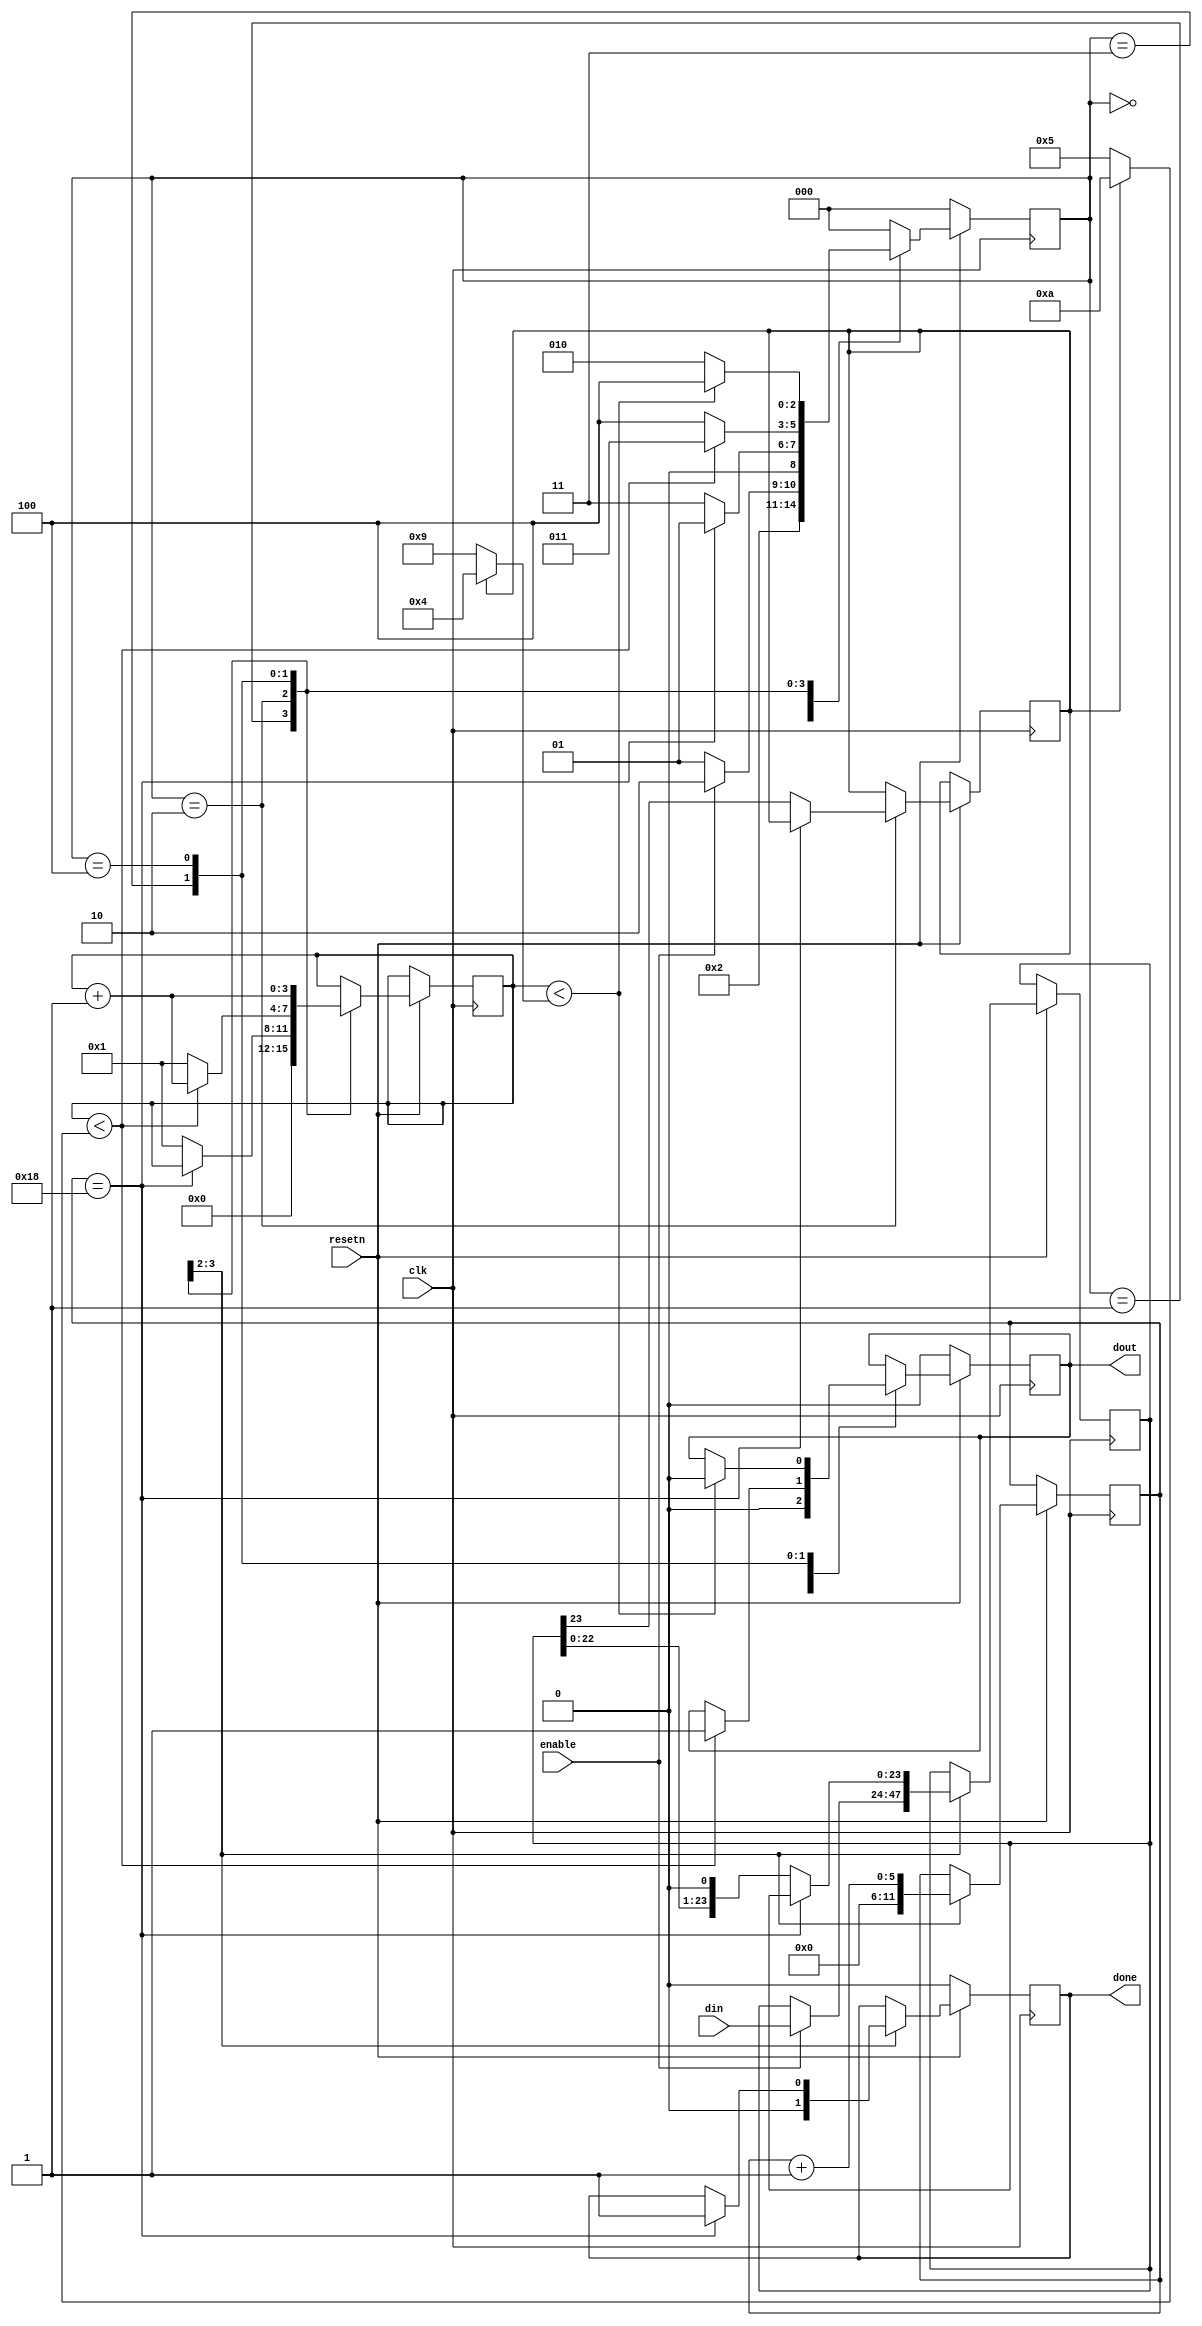
/*
 *  FpgaNeoPixel - A spi to ws2812 machine
 *
 *  Copyright (C) 2020  Hirosh Dabui <hirosh@dabui.de>
 *
 *  Permission to use, copy, modify, and/or distribute this software for any
 *  purpose with or without fee is hereby granted, provided that the above
 *  copyright notice and this permission notice appear in all copies.
 *
 *  THE SOFTWARE IS PROVIDED "AS IS" AND THE AUTHOR DISCLAIMS ALL WARRANTIES
 *  WITH REGARD TO THIS SOFTWARE INCLUDING ALL IMPLIED WARRANTIES OF
 *  MERCHANTABILITY AND FITNESS. IN NO EVENT SHALL THE AUTHOR BE LIABLE FOR
 *  ANY SPECIAL, DIRECT, INDIRECT, OR CONSEQUENTIAL DAMAGES OR ANY DAMAGES
 *  WHATSOEVER RESULTING FROM LOSS OF USE, DATA OR PROFITS, WHETHER IN AN
 *  ACTION OF CONTRACT, NEGLIGENCE OR OTHER TORTIOUS ACTION, ARISING OUT OF
 *  OR IN CONNECTION WITH THE USE OR PERFORMANCE OF THIS SOFTWARE.
 *
 */
`ifndef WS2812_DATA_SEQUENCE_H
`define WS2812_DATA_SEQUENCE_H
module ws2812_sequence(clk, resetn, enable, din, dout, done);
  /*
   * e.g. 12 MHz = 83,33ns = 0.083us cycles
   *
   * 0,45 us => 450 ns
   *
   * T0H = 0,4 us = 400 ns ~ cycles * 5 = 416.65 ns
   * T0L = 0.85 us = 850 ns ~ cycles * 10 = 833.3 ns
   *
   * T0H + T0L = 1250 ns ~ 1249.95 ns
   *
   * T1H = 0.8us = 800 ns ~ cycles * 10 = 833.3 ns
   * T1L = 0.45us = 450 ns ~ cycles * 5 = 416.65 ns
   *
   * T0H + T0L = 1250 ns ~ 1249.95 ns
   *
   * RES above 50 us = 50000ns ~ cycles * 610 = 50831 ns
   * +/- 150 ns
   *
   * with 12 MHz = 1249.95 = +/- 0.05 ns
   *
   *  ______
   * | T0H  |__T0L___|
   *
   *  ______
   * | T1H  |__T1L___|
   *
   * |____Treset ____|
   *
   */
  localparam GRB_WIDTH = 24;

  parameter SYSTEM_CLOCK_FREQ = 12_000_000;
  parameter T0H_TIME = 0.4e-6; // 400 ns
  parameter T0L_TIME = 0.85e-6; // 850 ns
  localparam  CLK_HZ = $itor(SYSTEM_CLOCK_FREQ);
  localparam CLK_CYCLE = (1/CLK_HZ);

  localparam T0H_CYCLES = $rtoi((T0H_TIME)/CLK_CYCLE+0.5);//5;
  localparam T0L_CYCLES = $rtoi((T0L_TIME)/CLK_CYCLE+0.5);//10;

  localparam T1H_CYCLES = T0L_CYCLES;
  localparam T1L_CYCLES = T0H_CYCLES;

  localparam SEQUENCE_CYCLE = T0H_CYCLES + T0L_CYCLES;

  localparam TRESET_CYCLES = $rtoi((50e-6)/CLK_CYCLE+0.5);//610; // ~ 50us

  localparam CYCLE_BITS = $clog2(SEQUENCE_CYCLE);

  input clk;
  input resetn;
  input enable;

  /* |G7|...|G0|R7|...|R0|B7|..|B0| */
  input wire [GRB_WIDTH -1:0] din;

  output reg dout = 1'b0;
  output reg done = 1'b0;

  reg [GRB_WIDTH - 1:0] data_in = 0;
  reg [CYCLE_BITS-1:0] dout_cycle_cnt = 0;
  reg [$clog2(GRB_WIDTH-1):0] dout_bit_cycle_cnt = 0;
  reg dbit = 0;


  // states
  localparam S_RESET = 0;
  localparam S_IDLE = 1;
  localparam S_SEQUENCE_OUT = 2;

  localparam S_TXH_DATA_SEQUENCE = 3;
  localparam S_TXL_DATA_SEQUENCE = 4;

  reg [2:0] state = S_RESET;

  initial begin
    $display("CLK_HZ: ", CLK_HZ);
    $display("CLK_CYCLE: ", CLK_CYCLE);
    $display("T0H_CYCLES: ", T0H_CYCLES);
    $display("T0L_CYCLES: ", T0L_CYCLES);
    $display("SEQUENCE_CYCLE: ", SEQUENCE_CYCLE);
    $display("CYCLE_BITS: ", CYCLE_BITS);
    $display("$clog2(GRB_WIDTH): ", $clog2(GRB_WIDTH));
    $display("TRESET_CYCLES: ", TRESET_CYCLES);
  end

  always @(posedge clk) begin
    if (~resetn) begin
      done <= 0;
      dout <= 0;
      state <= S_RESET;
    end else begin
      case (state)

        S_RESET: begin
          state <= S_IDLE;
        end

        S_IDLE: begin
          done <= 0;
          dout_bit_cycle_cnt <= 0;
          dout_cycle_cnt <= 0;
          dout <= 0;
          if (enable) begin
            data_in <= din;
            state <= S_SEQUENCE_OUT;
          end else
            state <= S_IDLE;
        end

      S_SEQUENCE_OUT: begin
        dout_bit_cycle_cnt <= dout_bit_cycle_cnt + 1;
        if (dout_bit_cycle_cnt == GRB_WIDTH) begin
          done <= 1;
          state <= S_IDLE;
        end else begin
          dout_cycle_cnt <= 1;
          data_in <= {data_in[GRB_WIDTH -2: 0], 1'b0};
          dbit <= data_in[GRB_WIDTH -1];
          state <= S_TXH_DATA_SEQUENCE;
        end
      end

      S_TXH_DATA_SEQUENCE: begin
        dout_cycle_cnt <= dout_cycle_cnt + 1;
        if (dout_cycle_cnt < (dbit ? T1H_CYCLES[CYCLE_BITS-1:0] : T0H_CYCLES[CYCLE_BITS-1:0])) begin
          dout <= 1;
          state <= S_TXH_DATA_SEQUENCE;
        end
        else begin
          dout_cycle_cnt <= 1;
          state <= S_TXL_DATA_SEQUENCE;
        end
      end

      S_TXL_DATA_SEQUENCE: begin
        dout_cycle_cnt <= dout_cycle_cnt + 1;
        if ((dout_cycle_cnt < (dbit ? T1L_CYCLES[CYCLE_BITS-1:0] -1: T0L_CYCLES[CYCLE_BITS-1:0] -1))) begin
          dout <= 0;
          state <= S_TXL_DATA_SEQUENCE;
        end
        else
          state <= S_SEQUENCE_OUT;
      end

      // fall-through reset
      default: begin
        state <= S_RESET;
      end
    endcase
  end
end

endmodule
`endif